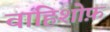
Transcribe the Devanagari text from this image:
वाहिशोफ़